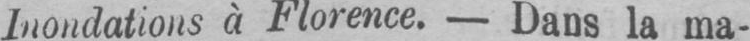
Inondations à Florence. - Dans la ma-